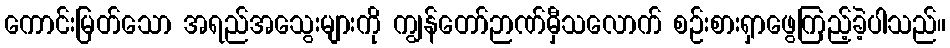
ကောင်းမြတ်သော အရည်အသွေးများကို ကျွန်တော်ဉာဏ်မှီသလောက် စဉ်းစားရှာဖွေကြည့်ခဲ့ပါသည်။